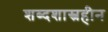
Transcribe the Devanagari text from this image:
शब्दशास्त्रहीन